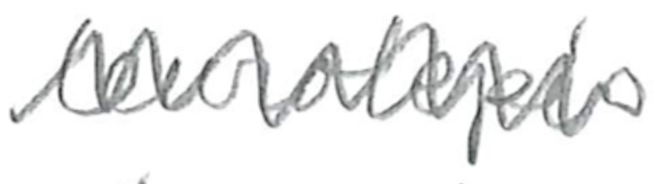
Text: leurolepis
Cross-out: mix
Writing tool: pencil